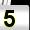
Digit: 5